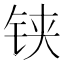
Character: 铗